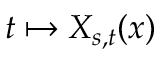
t \mapsto X _ { s , t } ( x )